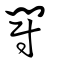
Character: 鬭